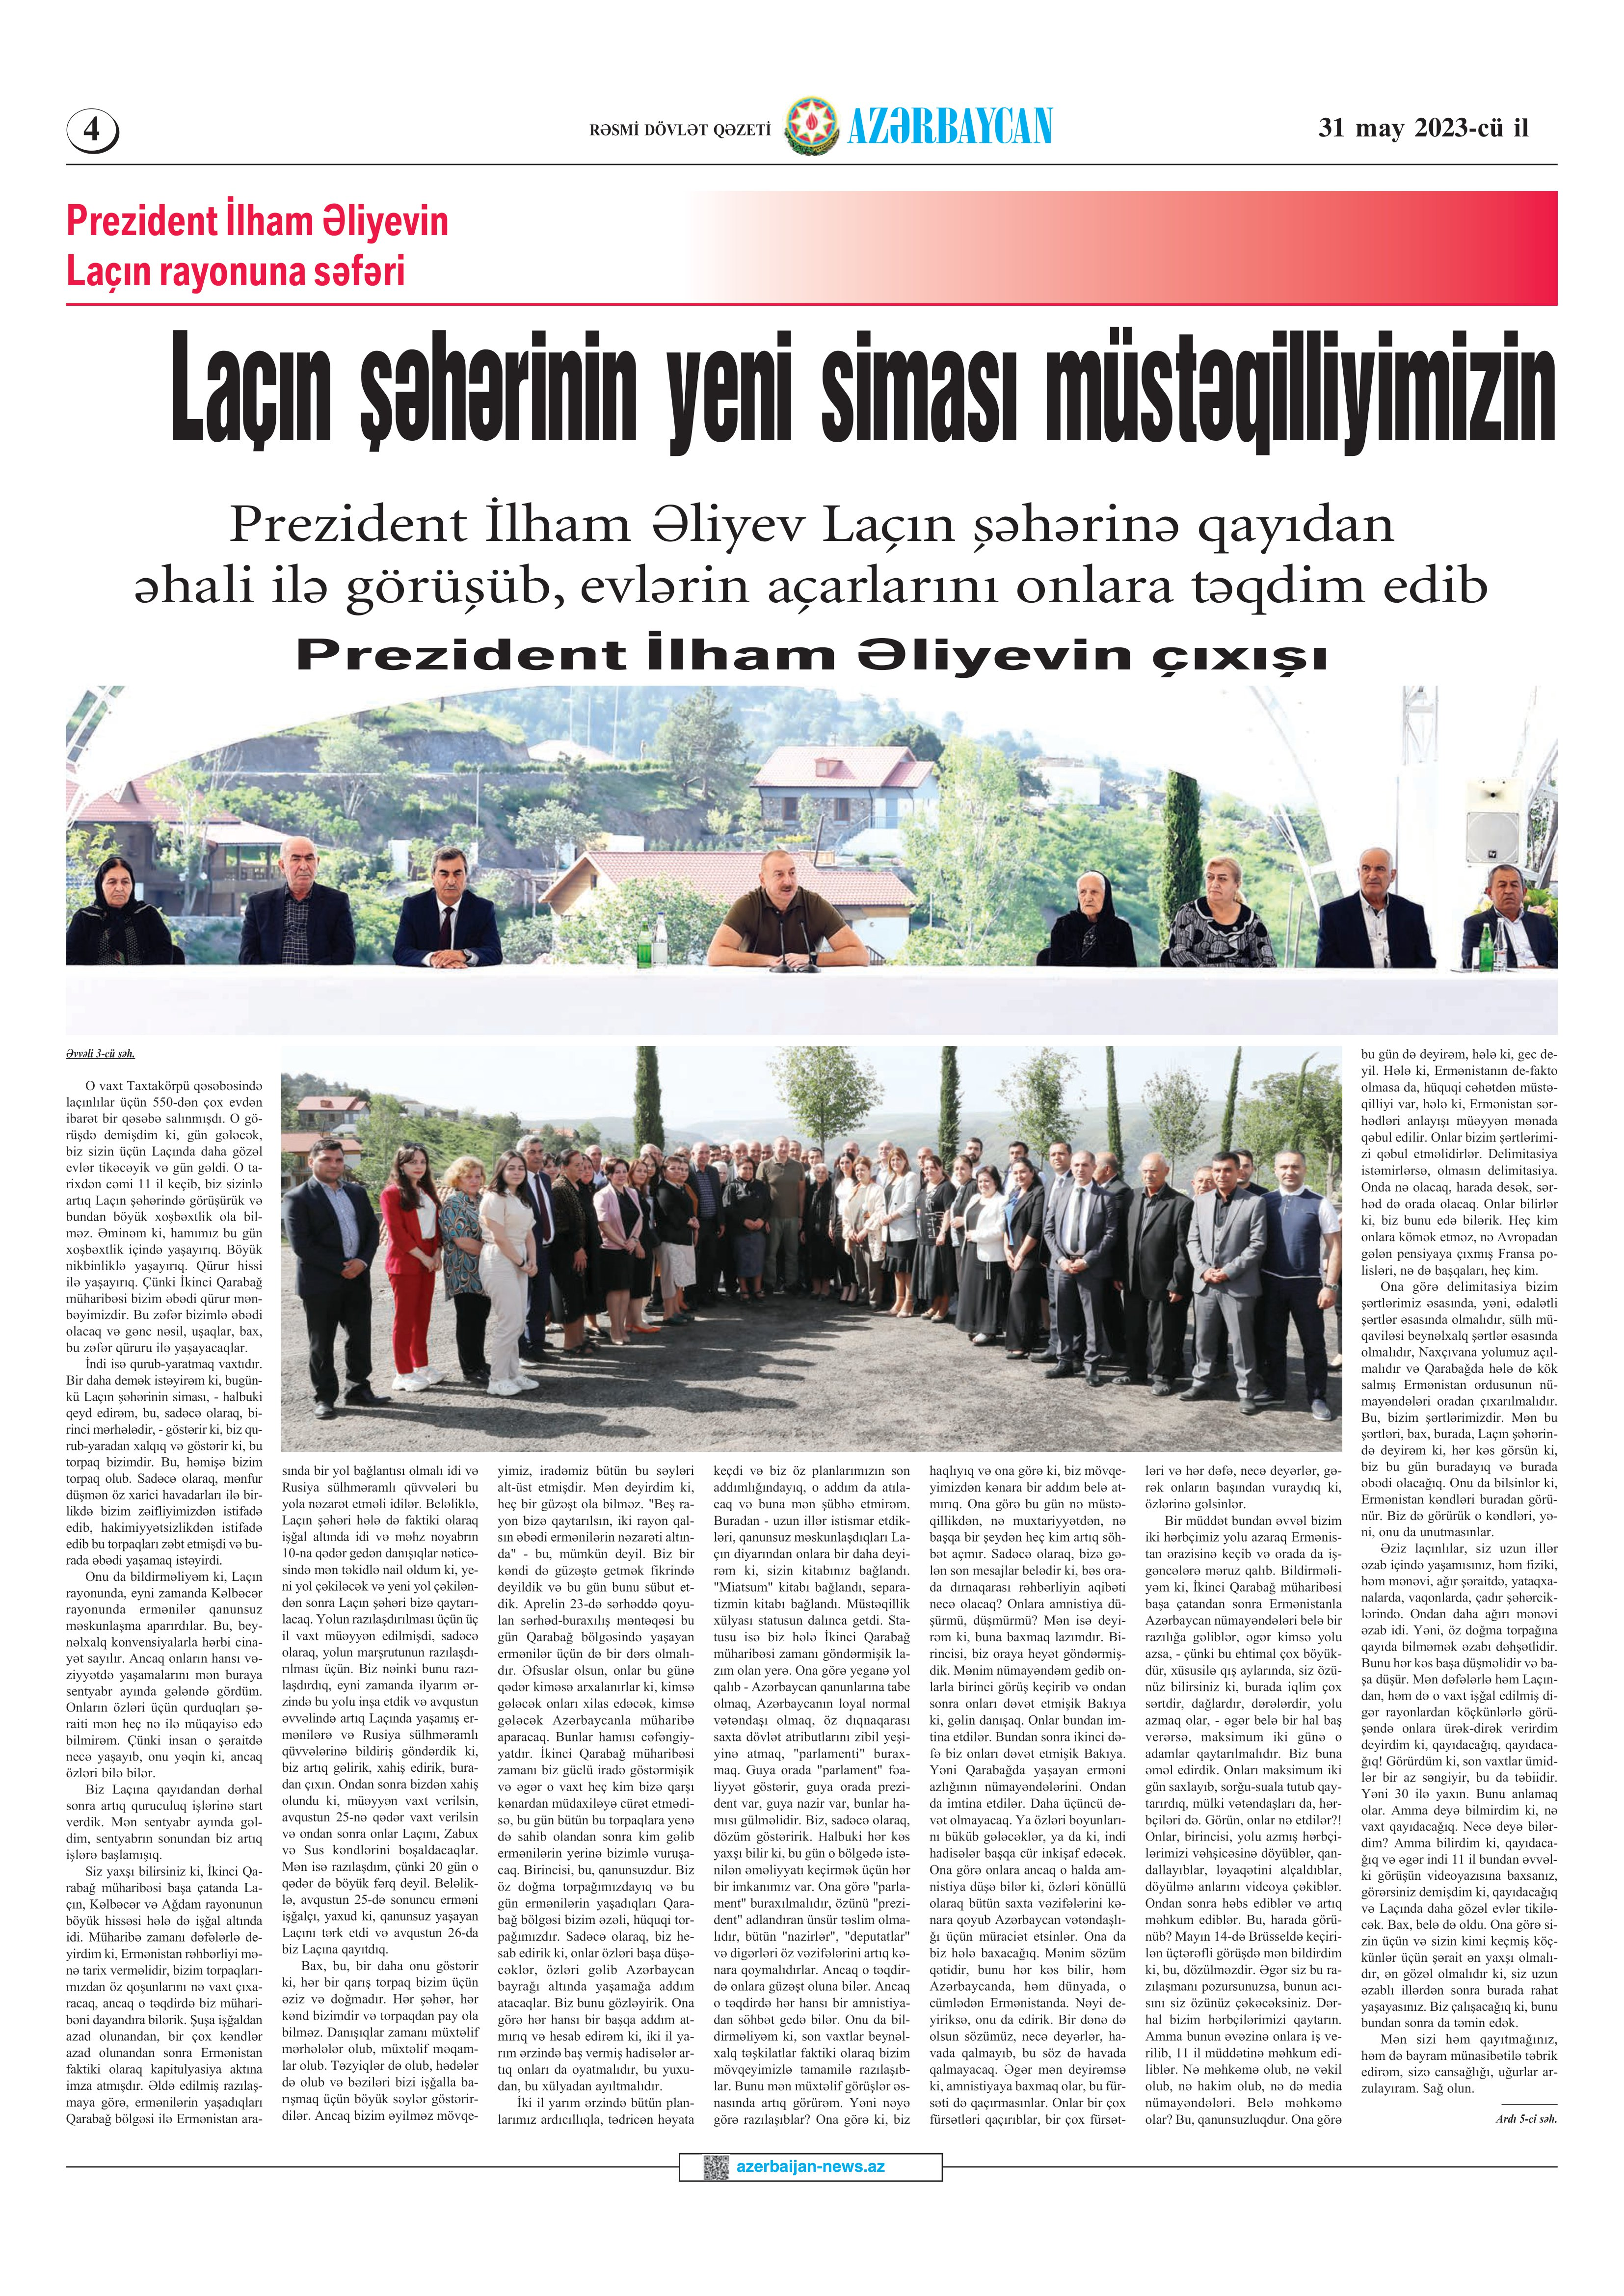
Language: az